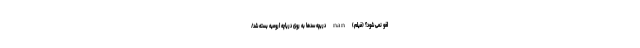
لغو نمی شود؟ (فیلم) nan دریچه سدها به ‌روی دریاچه ارومیه بسته شد/